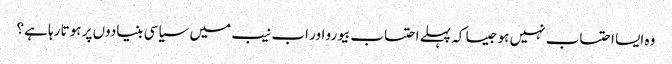
وہ ایسا احتساب نہیں ہو جیسا کہ پہلے احتساب بیورو اور اب نیب میں سیاسی بنیادوں پر ہوتا رہا ہے؟